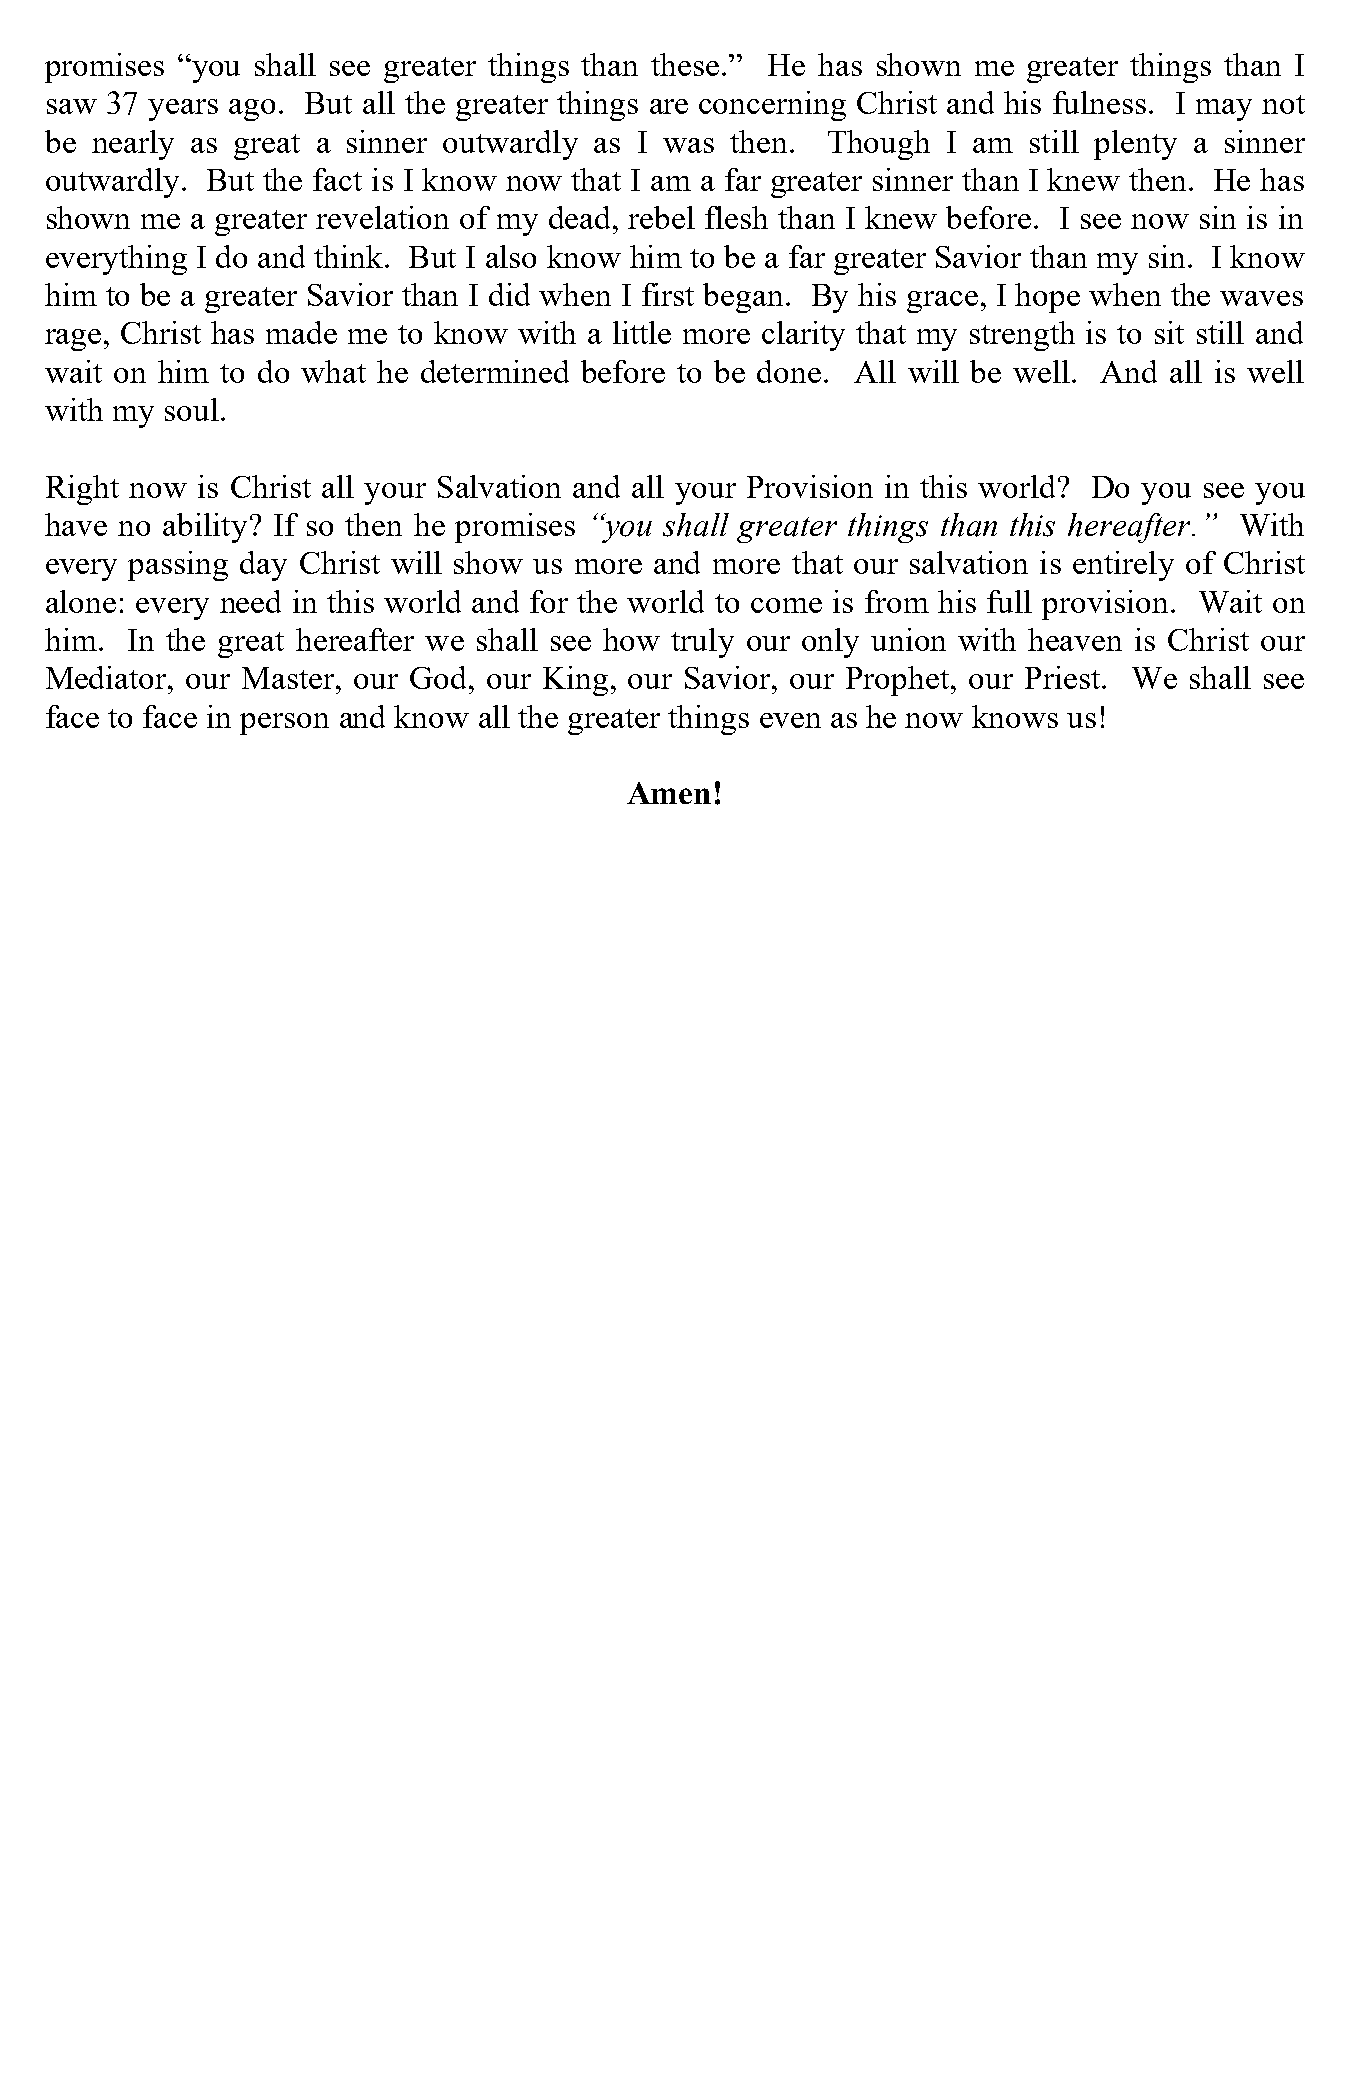
promises “you shall see greater things than these.” He has shown me greater things than I
 saw 37 years ago. But all the greater things are concerning Christ and his fulness. I may not
 be nearly as great a sinner outwardly as I was then. Though I am still plenty a sinner
 outwardly. But the fact is I know now that I am a far greater sinner than I knew then. He has
 shown me  a greater revelation of my dead, rebel flesh than I knew before. I see now sin is in
 everything I do and think. But I also know him to be a far greater Savior than my sin. I know
 him to be a greater Savior than I did when I first began. By his grace, I hope when the waves
 rage, Christ has made me to know with a little more clarity that my strength is to sit still and
 wait on him to do what he determined before to be done. All will be well. And all is well
 with my soul.
 Right now is Christ all your Salvation and all your Provision in this world? Do you see you
 have no ability? If so then he promises “you shall greater things than this hereafter.” With
 every passing day Christ will show us more and more that our salvation is entirely of Christ
 alone: every need in this world and for the world to come is from his full provision. Wait on
 him. In the great hereafter we shall see how truly our only union with heaven is Christ our
 Mediator, our Master, our God, our King, our Savior, our Prophet, our Priest. We shall see
 face to face in person and know all the greater things even as he now knows us!
 Amen!